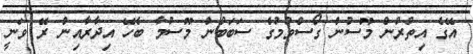
އޭގެ އިތުރުން މޫސުން ގޯސްވުމުގެ ސަބަބުން މޫސުމާ ބެހޭ އިދާރާއިން ރޭ ވަނީ